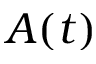
A ( t )